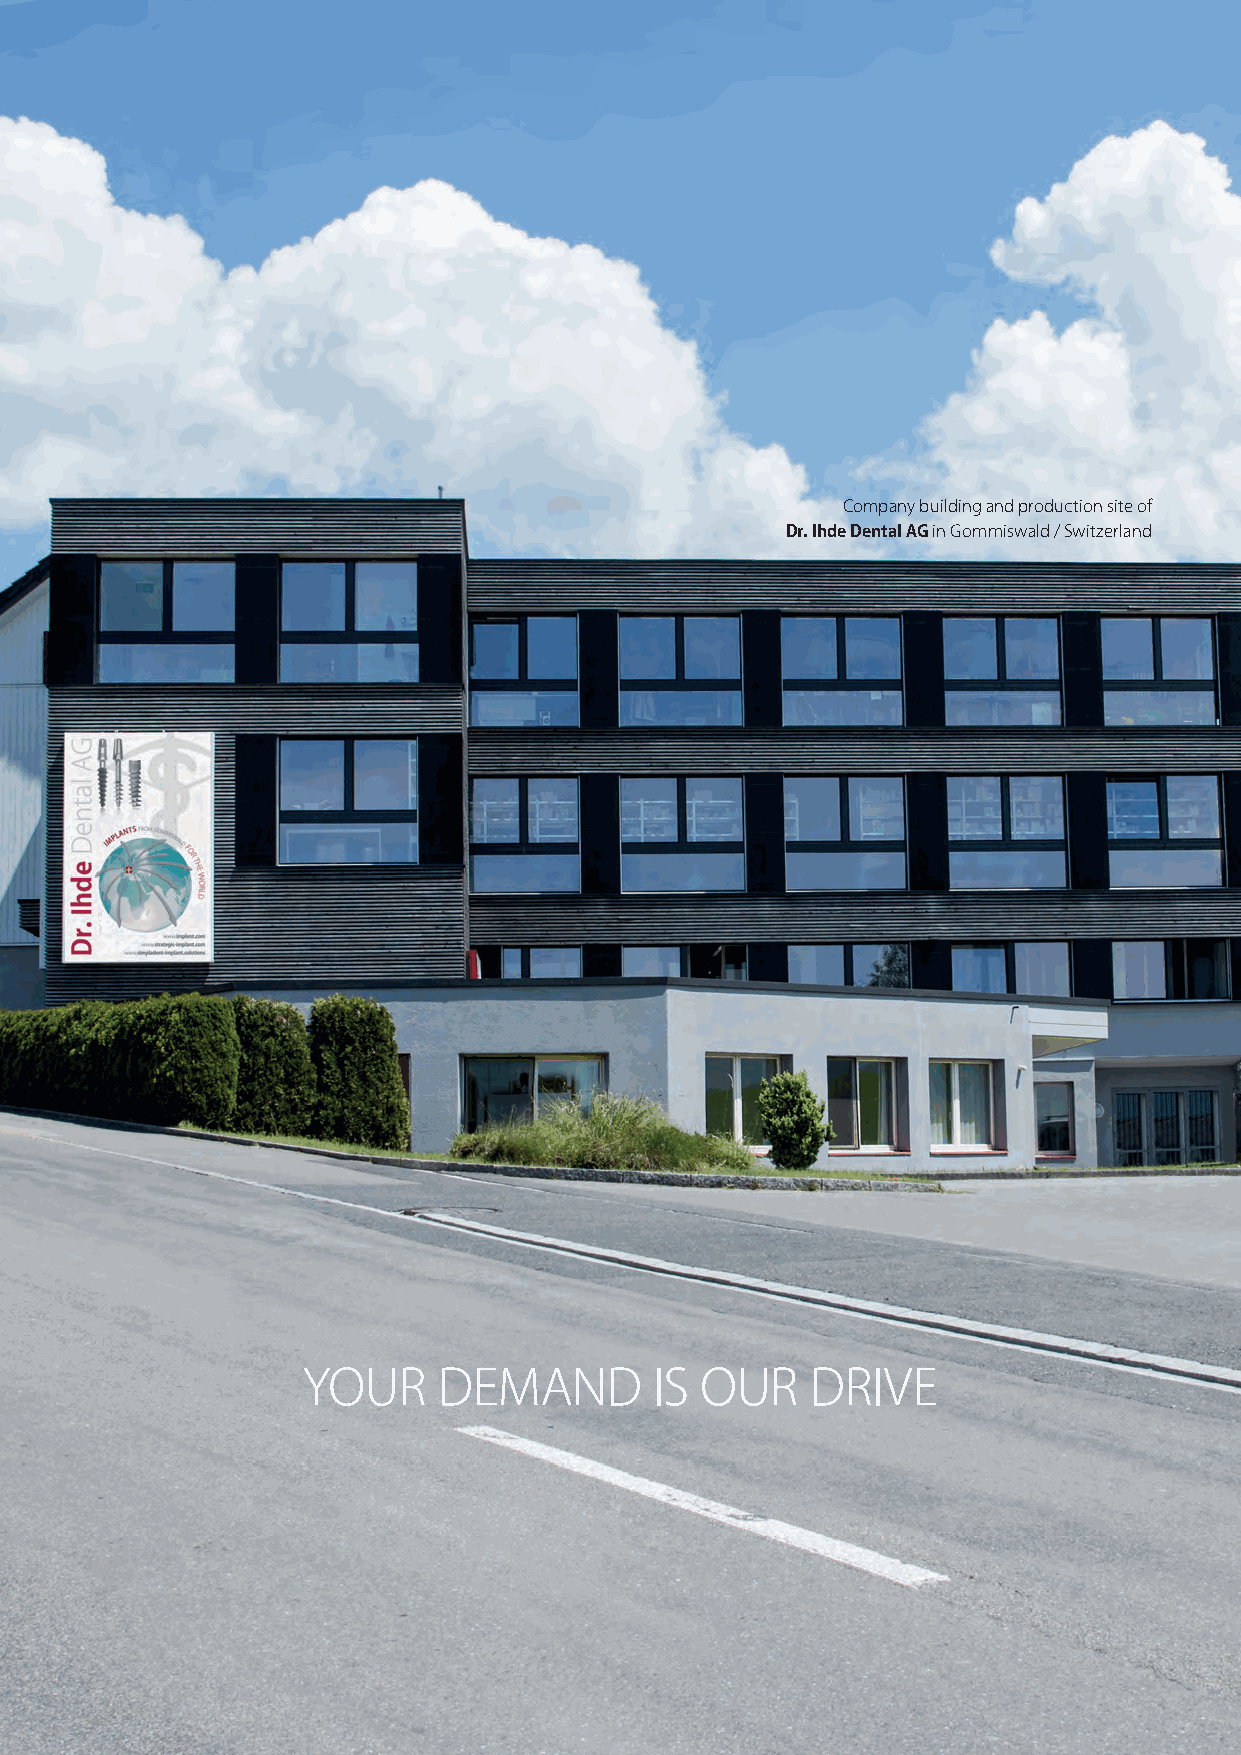
Company building and production site of
 Dr. Ihde Dental AG in Gommiswald / Switzerland
 YOUR     DEMAND        IS OUR     DRIVE